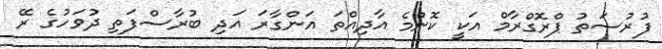
ފުރުސަތު ޕްރޮގްރާމް އަކީ ކޮންމެ އާދިއްތަ އަންގާރަ އަދި ބުރާސްފަތި ދުވަހުގެ ރޭ